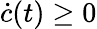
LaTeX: \dot{c}(t)\geq 0